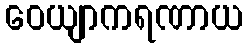
ဝေယျာကရဏာယ